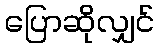
ပြောဆိုလျှင်